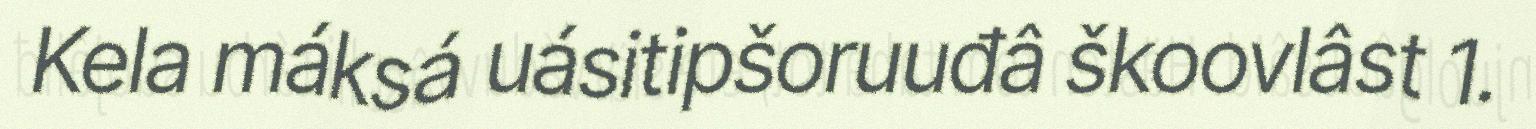
Kela máksá uásitipšoruuđâ škoovlâst 1.